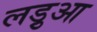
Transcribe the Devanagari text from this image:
लड़ुआ